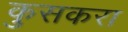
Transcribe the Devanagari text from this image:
कुसकरा